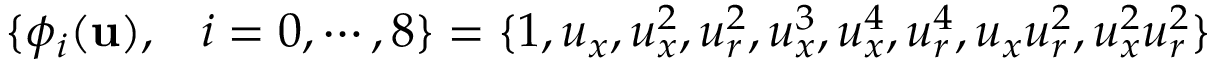
\begin{array} { r l } { \{ \phi _ { i } ( \mathbf { u } ) , } & { { } i = 0 , \cdots , 8 \} = \{ 1 , { u } _ { x } , { u } _ { x } ^ { 2 } , { u } _ { r } ^ { 2 } , { u } _ { x } ^ { 3 } , { u } _ { x } ^ { 4 } , { u } _ { r } ^ { 4 } , { u } _ { x } { u } _ { r } ^ { 2 } , { u } _ { x } ^ { 2 } { u } _ { r } ^ { 2 } \} } \end{array}